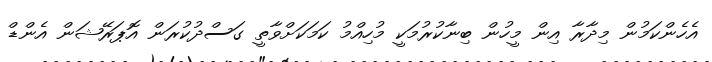
އެހެންކަމުން މިދާރާ އިން މީހުން ބިނާކުރުމަކީ މުހިއްމު ކަމަކަށްވާތީ ގަސްދުކުރަން އޮޕަރޭޝަން އެންޑް